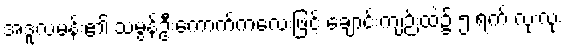
အဒူလမန်း၏ သမွန်ဦးကောက်ကလေးဖြင့် ချောင်းကျဉ်းထဲ၌ ၅ ရက် လုံးလုံး